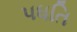
પધતિ